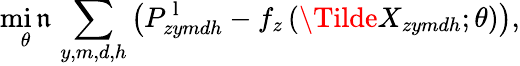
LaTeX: \operatorname*{mi\mathfrak{n}}_{\theta}\, \sum_{y,m,d,h}\left(P_{zymdh}^{\mathrm{{~l~}}}-f_{z}\left(\Tilde{X}_{zymdh};\theta\right)\right),